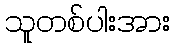
သူတစ်ပါးအား